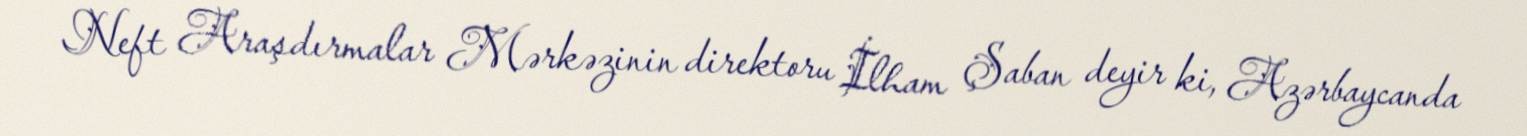
Neft Araşdırmalar Mərkəzinin direktoru İlham Şaban deyir ki, Azərbaycanda